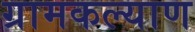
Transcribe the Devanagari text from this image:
ग्रामकल्याण